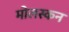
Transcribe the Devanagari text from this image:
मोलस्कन